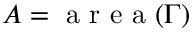
A = \mathrm { ~ a ~ r ~ e ~ a ~ } ( \Gamma )